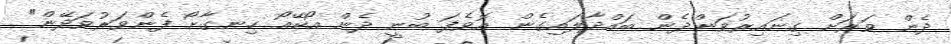
ދެން ވަރަށް ގިނައިރުވަންދެން ބައްދާލައިގެން އޮވެފަ ބުނީ ދެން އޯކޭއޯ ހިނގާށޯ ފެންވަރުވަދޭން"